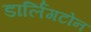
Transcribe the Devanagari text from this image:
डार्लिंगटोन